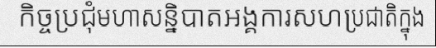
កិច្ចប្រជុំមហាសន្និបាតអង្គការសហប្រជាតិក្នុង